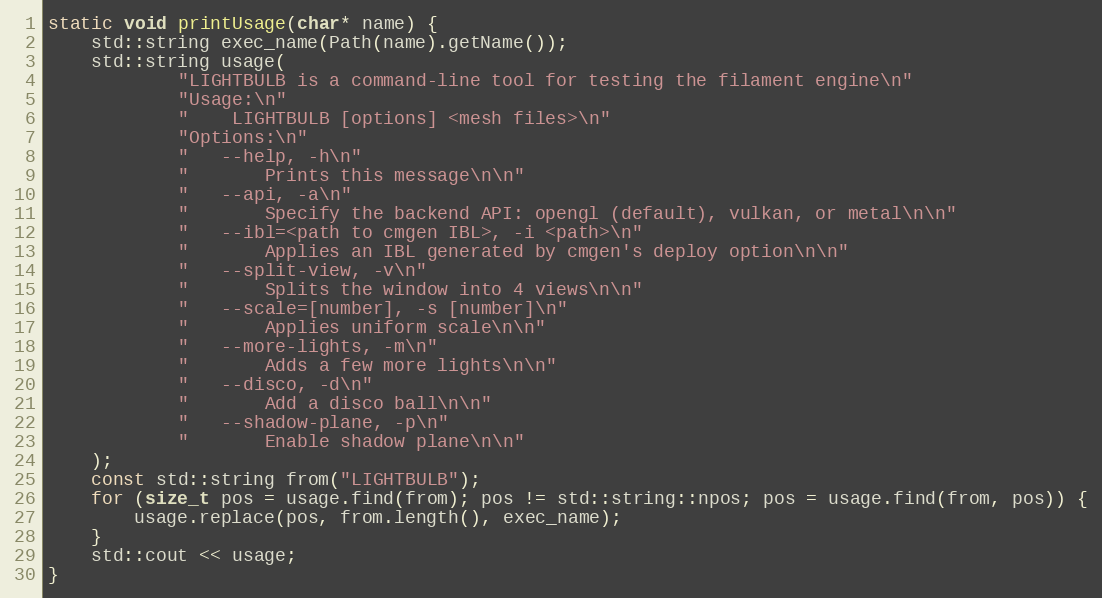
Language: C++
static void printUsage(char* name) {
    std::string exec_name(Path(name).getName());
    std::string usage(
            "LIGHTBULB is a command-line tool for testing the filament engine\n"
            "Usage:\n"
            "    LIGHTBULB [options] <mesh files>\n"
            "Options:\n"
            "   --help, -h\n"
            "       Prints this message\n\n"
            "   --api, -a\n"
            "       Specify the backend API: opengl (default), vulkan, or metal\n\n"
            "   --ibl=<path to cmgen IBL>, -i <path>\n"
            "       Applies an IBL generated by cmgen's deploy option\n\n"
            "   --split-view, -v\n"
            "       Splits the window into 4 views\n\n"
            "   --scale=[number], -s [number]\n"
            "       Applies uniform scale\n\n"
            "   --more-lights, -m\n"
            "       Adds a few more lights\n\n"
            "   --disco, -d\n"
            "       Add a disco ball\n\n"
            "   --shadow-plane, -p\n"
            "       Enable shadow plane\n\n"
    );
    const std::string from("LIGHTBULB");
    for (size_t pos = usage.find(from); pos != std::string::npos; pos = usage.find(from, pos)) {
        usage.replace(pos, from.length(), exec_name);
    }
    std::cout << usage;
}